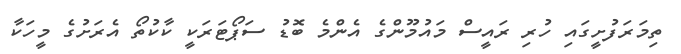
ތިމަރަފުށީގައި ހުރި ރައީސް މައުމޫންގެ އެންމެ ބޮޑު ސަޕޯޓަރަކީ ކާކުތޯ އެރަށުގެ މީހަކާ